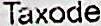
TAXODE